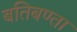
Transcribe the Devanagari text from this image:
बतिबण्ता